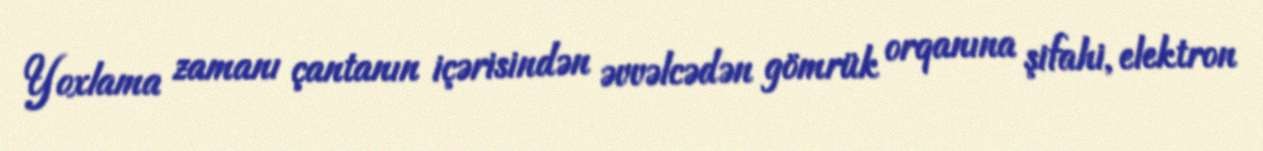
Yoxlama zamanı çantanın içərisindən əvvəlcədən gömrük orqanına şifahi, elektron